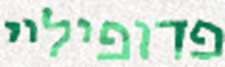
פדופיליי